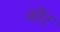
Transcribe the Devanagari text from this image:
ऒट